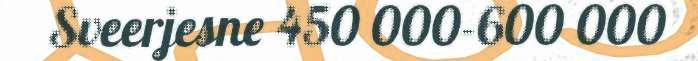
Sveerjesne 450 000-600 000